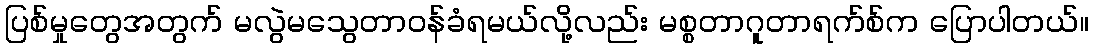
ပြစ်မှုတွေအတွက် မလွဲမသွေတာဝန်ခံရမယ်လို့လည်း မစ္စတာဂူတာရက်စ်က ပြောပါတယ်။